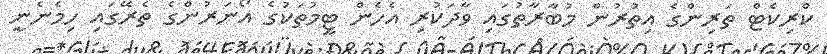
ކްރިކެޓް ތަރިންގެ އިތުރުން މުބާރާތުގައި ވާދަކުރި އެހެން ޓީމުތަކުގެ އޯނަރުންގެ ތެރޭގައި ހިމެނެނީ